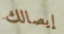
إيصالك